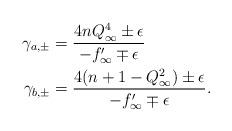
LaTeX: \begin{align*}\gamma_{a, \pm} &= \frac{4nQ_{\infty}^4 \pm \epsilon} {-f'_{\infty}\mp \epsilon} \\\gamma_{b, \pm} &= \frac{4(n+1-Q_{\infty}^2) \pm \epsilon} {-f'_{\infty}\mp \epsilon}.\end{align*}